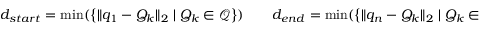
{ d } _ { s t a r t } = \operatorname* { m i n } ( \left\{ \| q _ { 1 } - Q _ { k } \| _ { 2 } \mid Q _ { k } \in \mathcal { Q } \right\} ) \qquad { d } _ { e n d } = \operatorname* { m i n } ( \left\{ \| q _ { n } - Q _ { k } \| _ { 2 } \mid Q _ { k } \in \mathcal { Q } \right\} )